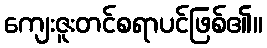
ကျေးဇူးတင်စရာပင်ဖြစ်၏။